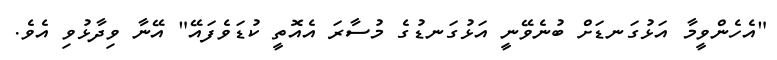
"އެހެންވީމާ އަޅުގަނޑަށް ބުނެވޭނީ އަޅުގަނޑުގެ މުސާރަ އެއޮތީ ކުޑަވެފައޭ" އޭނާ ވިދާޅުވި އެވެ.